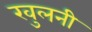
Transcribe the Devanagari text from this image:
खुलनी